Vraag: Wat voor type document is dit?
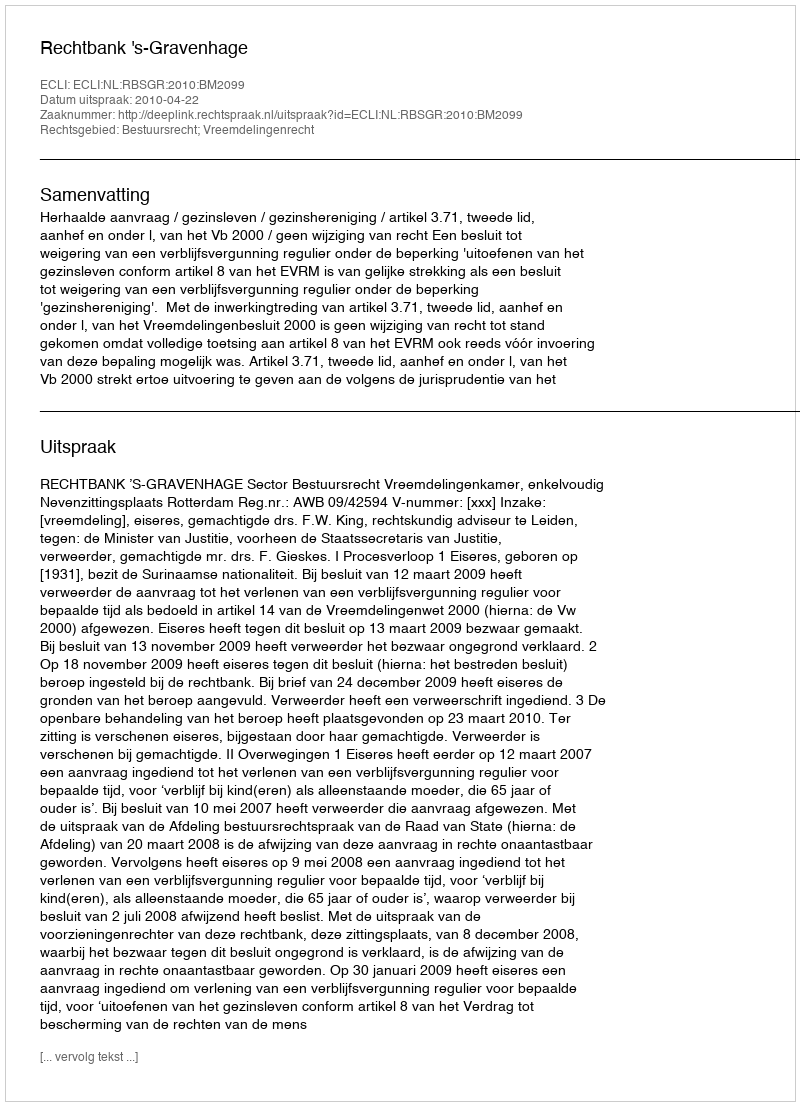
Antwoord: Uitspraak